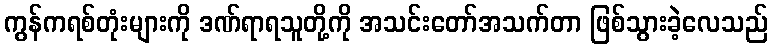
ကွန်ကရစ်တုံးများကို ဒဏ်ရာရသူတို့ကို အသင်းတော်အသက်တာ ဖြစ်သွားခဲ့လေသည်